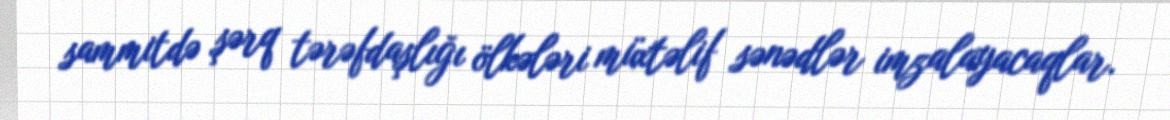
sammitdə şərq tərəfdaşlığı ölkələri müxtəlif sənədlər imzalayacaqlar.